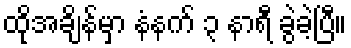
ထိုအချိန်မှာ နံနက် ၃ နာရီ ခွဲခဲ့ပြီ။